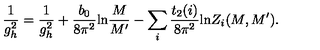
\frac { 1 } { g _ { h } ^ { 2 } } = \frac { 1 } { g _ { h } ^ { 2 } } + \frac { b _ { 0 } } { 8 \pi ^ { 2 } } \mathrm { l n } \frac { M } { M ^ { \prime } } - \sum _ { i } \frac { t _ { 2 } ( i ) } { 8 \pi ^ { 2 } } \mathrm { l n } Z _ { i } ( M , M ^ { \prime } ) .